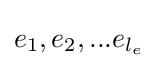
e_{1},e_{2},...e_{l_{e}}